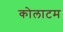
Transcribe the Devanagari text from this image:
कोलाटम